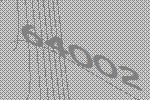
64002